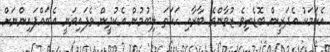
އެކަމަކު އެދަރީން ބޮޑެތިވެ ޒުވާންވެ ބާރާއި ހަކަތަ ލިބުމުން އެކުދީން ވެފައިވަނީ އެބައްޕައިންނަށް